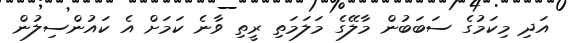
އަދި މިކަމުގެ ސަބަބުން މާލޭގެ މަލަމަތި ރީތި ވާނެ ކަމަށް އެ ކައުންސިލުން